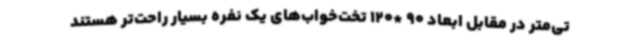
تی‌متر در مقابل ابعاد 90 *120 تخت‌خواب‌های یک نفره بسیار راحت‌تر هستند